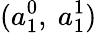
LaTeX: (a_{1}^{0},~a_{1}^{1})